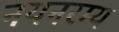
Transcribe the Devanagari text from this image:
नयनरम्‍य